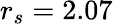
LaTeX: r_{s}=2.07